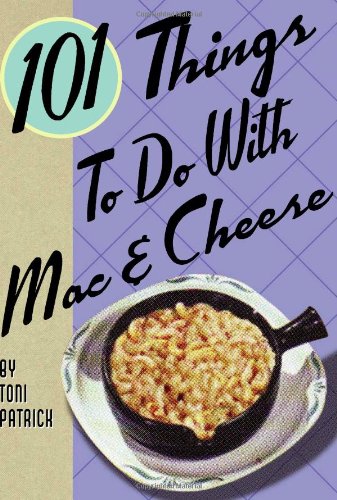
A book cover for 101 Things to Do with Mac & Cheese; Toni Patrick; Cookbooks, Food & Wine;